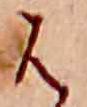
は